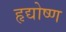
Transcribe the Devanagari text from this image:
हृद्योष्ण